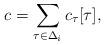
LaTeX: \begin{align*}c=\sum_{\tau \in \Delta_i}c_{\tau}[\tau],\end{align*}